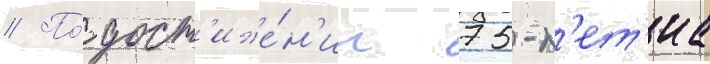
// По́ дост'иже́н'ии 75-л'ет'иа